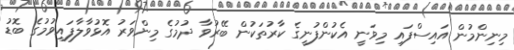
މިނިންމުން އައިސްފައި މިވަނީ އެކުންފުނީގެ ކާރުތަކުން ބޭރުވާ ދުމުގެ މިންވަރު އޮޅުވާލާފައިވުމުގެ ބޮޑު